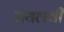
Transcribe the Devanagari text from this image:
रॉयलची